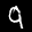
Label: 9